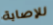
للإصابة